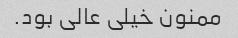
ممنون خیلی عالی بود.